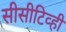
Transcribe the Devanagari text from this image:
सीसीटिव्ही